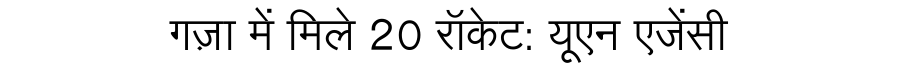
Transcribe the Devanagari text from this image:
गज़ा में मिले 20 रॉकेट: यूएन एजेंसी